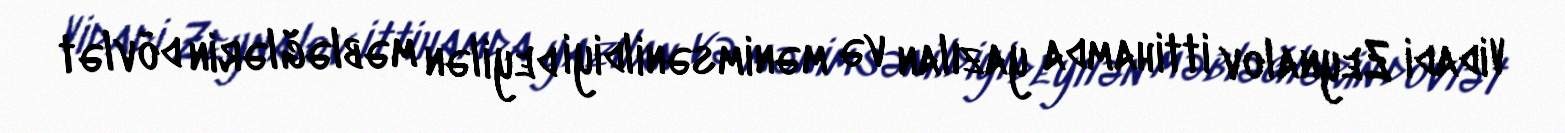
Vidadi Zeynalov ittihamda yazılan və mənimsənildiyi deyilən məbləğlərin dövlət